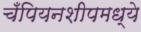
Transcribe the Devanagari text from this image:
चँपियनशीपमध्ये